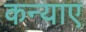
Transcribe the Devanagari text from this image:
कन्याए